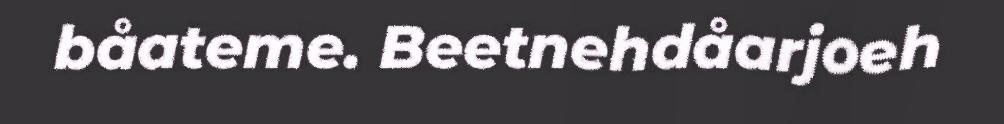
båateme. Beetnehdåarjoeh